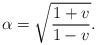
\begin{align*}\alpha= \sqrt{\frac{1+v}{1-v}}. \end{align*}